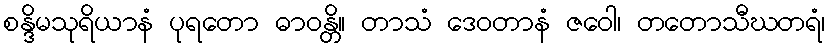
စန္ဒိမသုရိယာနံ ပုရတော ဓာဝန္တိ။ တာသံ ဒေဝတာနံ ဇဝေါ၊ တတောသီဃတရံ၊